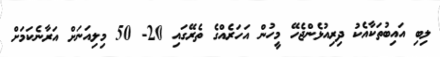
ލިބި އައިބުތަކާއެކު ދިރިއުޅެންޖެހޭ މީހުން އަހަރެއްގެ ތެރޭގައި 20- 50 މިލިއަނަށް އަރާނެކަމަށް